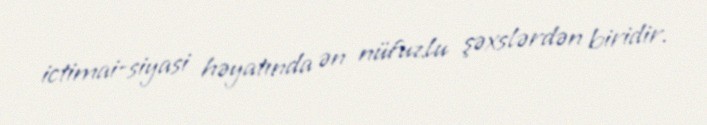
ictimai-siyasi həyatında ən nüfuzlu şəxslərdən biridir.